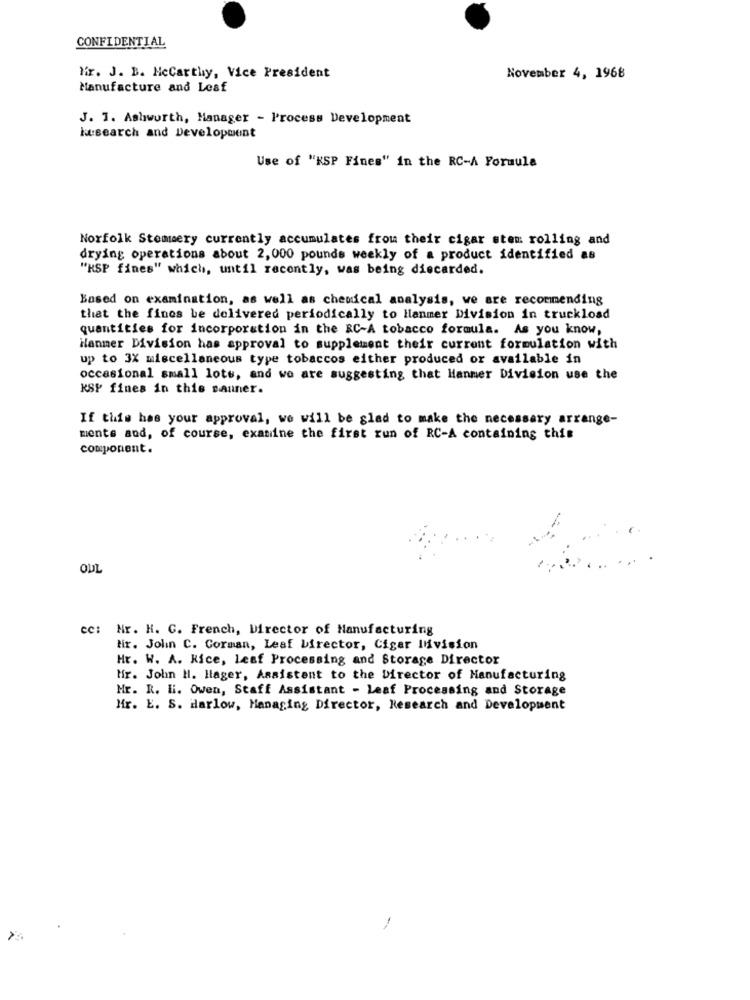
CONFIDENTIAL
Nr. J. B. Mccarthy, Vice President
November 4, 1968
Manufacture and Leaf
J. 1. Ashworth, Manager - Process Development
kusearch and Development
Use of "KSP Fines" in the RC-A Formula
Norfolk Stemeery currently accumulates from their cigar stem rolling and
drying operations about 2,000 pounds weekly of a product identified as
"KSP fines" which, until recently, was being discarded.
Based on examination, as well as chemical analysis, we are recommending
that the finos be delivered periodically to Hanmer Division in truckload
quantities for incorporation in the RC-A tobacco formula. As you know,
Hanmer Division has approval to supplement their current formulation with
up to 3X miscellaneous type tobaccos either produced or available in
occasional small lots, and we are suggesting that Hanmer Division use the
KSP fines in this sanner.
If this has your approval, we will be glad to make the necessary arrange-
ments and, of course, examine the first run of RC-A containing this
component.
OUL
cc: Hr. H. C. French, Director of Manufacturing
tir. John C. Corman, Leaf Director, Cigar Inivision
Hr. W. A. Kice, leaf Processing and Storage Director
Hir. John H. Hager, Assistent to the Director of Manufacturing
Mr. R. l. Owen, Staff Assistant - Leaf Processing and Storage
Mr. E. S. Harlow, Managing Director, Research and Development